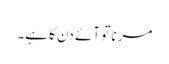
مرنا تو آئے دن کا ہے۔